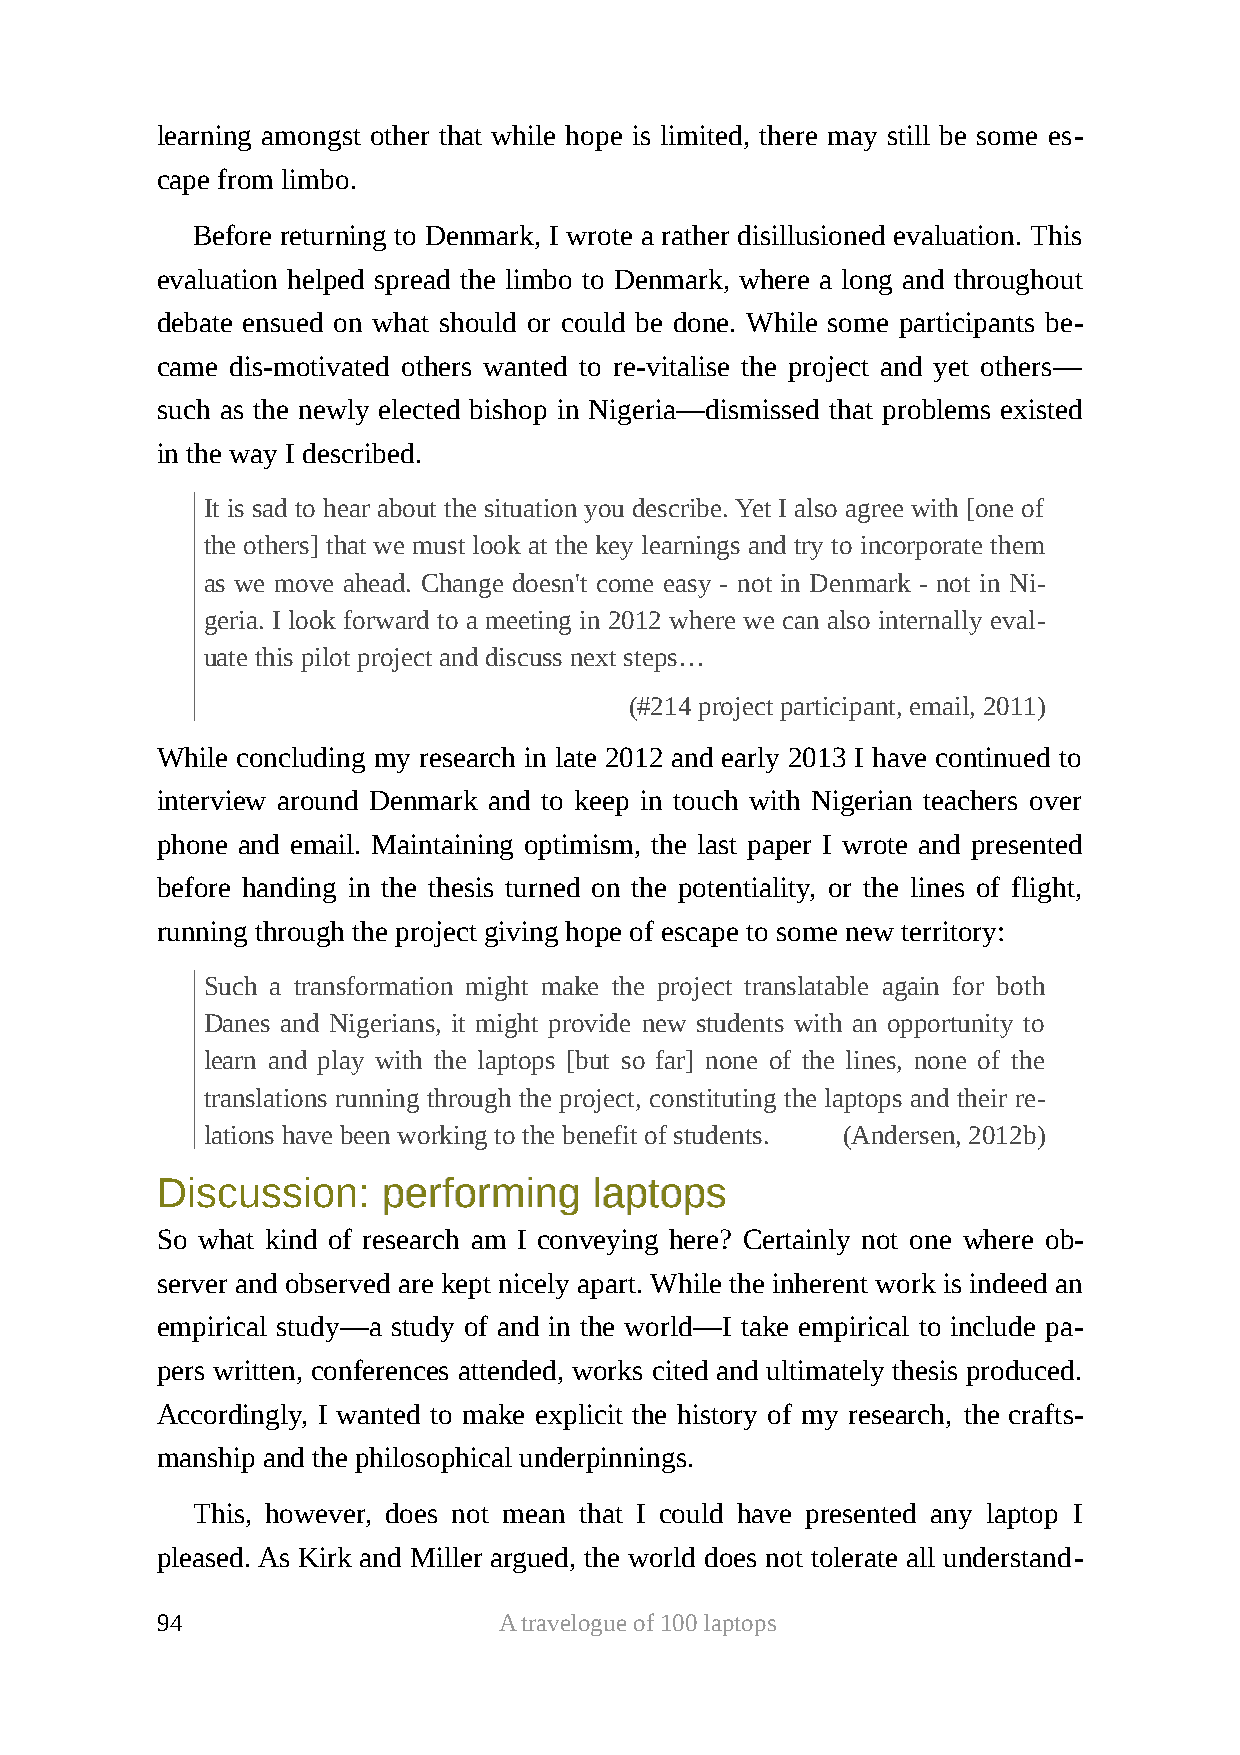
learning amongst other that while hope is limited, there may still be some es-
 cape from limbo.
 Before returning to Denmark, I wrote a rather disillusioned evaluation. This
 evaluation helped spread the limbo to Denmark, where a long and throughout
 debate ensued on what should or could be done. While some participants be-
 came dis-motivated others wanted to re-vitalise the project and yet others—
 such as the newly elected bishop in Nigeria—dismissed that problems existed
 in the way I described.
 It is sad to hear about the situation you describe. Yet I also agree with [one of
 the others] that we must look at the key learnings and try to incorporate them
 as we move ahead. Change doesn't come easy - not in Denmark - not in Ni-
 geria. I look forward to a meeting in 2012 where we can also internally eval-
 uate this pilot project and discuss next steps…
 (#214 project participant, email, 2011)
 While concluding my research in late 2012 and early 2013 I have continued to
 interview around Denmark and to keep in touch with Nigerian teachers over
 phone and email. Maintaining optimism, the last paper I wrote and presented
 before handing in the thesis turned on the potentiality, or the lines of flight,
 running through the project giving hope of escape to some new territory:
 Such a transformation might make the project translatable again for both
 Danes and Nigerians, it might provide new students with an opportunity to
 learn and play with the laptops [but so far] none of the lines, none of the
 translations running through the project, constituting the laptops and their re-
 lations have been working to the benefit of students. (Andersen, 2012b)
 DDiissccuussssiioonn:: ppeerrffoorrmmiinngg llaappttooppss
 So what kind of research am I conveying here? Certainly not one where ob-
 server and observed are kept nicely apart. While the inherent work is indeed an
 empirical study—a study of and in the world—I take empirical to include pa-
 pers written, conferences attended, works cited and ultimately thesis produced.
 Accordingly, I wanted to make explicit the history of my research, the crafts-
 manship and the philosophical underpinnings.
 This, however, does not mean that I could have presented any laptop I
 pleased. As Kirk and Miller argued, the world does not tolerate all understand-
 94                     A travelogue of 100 laptops